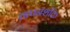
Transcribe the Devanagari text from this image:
तापनशक्ति